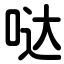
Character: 哒